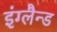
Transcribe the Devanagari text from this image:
इंग्लैन्ड